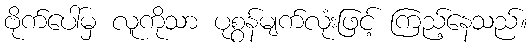
ဗိုက်ပေါ်မှ လူကိုသာ ပုစွန်မျက်လုံးဖြင့် ကြည့်နေသည်။